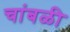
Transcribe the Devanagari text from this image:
चांबळी